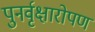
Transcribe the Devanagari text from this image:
पुनर्वृक्षारोपण